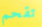
تقحم